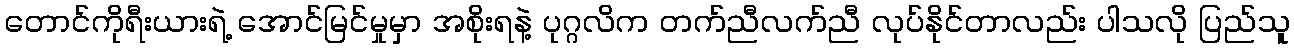
တောင်ကိုရီးယားရဲ့ အောင်မြင်မှုမှာ အစိုးရနဲ့ ပုဂ္ဂလိက တက်ညီလက်ညီ လုပ်နိုင်တာလည်း ပါသလို ပြည်သူ